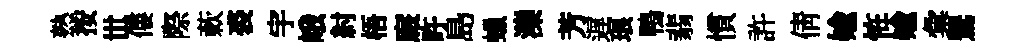
熟按𠀍僂際蔌裘宇峨紂梧廐旿島蠟濼芳遅琅鴨翡慣許倩媮恠媮彙鸎